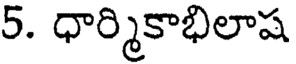
5. ధార్మికాభిలాష